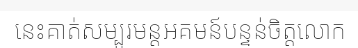
នេះគាត់សម្បូរមន្តអគមន៍បន្ទន់ចិត្តលោក